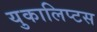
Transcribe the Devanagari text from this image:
युकालिप्टस